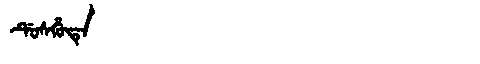
Manchu: ᡩᡠᠰᡥᡠᡨᡝ
Romanization: DUSHUTE